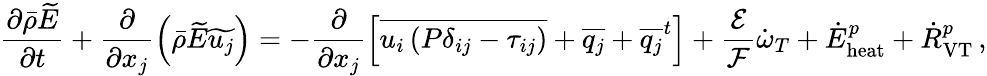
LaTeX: \frac{\partial\bar{\rho}\widetilde{E}}{\partial t}+\frac{\partial}{\partial x_{j}}\left(\bar{\rho}\widetilde{E}\widetilde{u_{j}}\right)=-\frac{\partial}{\partial x_{j}}\left[\overline{{u_{i}\left(P\delta_{ij}-\tau_{ij}\right)}}+\overline{{q_{j}}}+{\overline{{q_{j}}}^{t}}\right]+\frac{\mathcal{E}}{\mathcal{F}}\dot{\omega}_{T}+{\dot{E}}_{\mathrm{heat}}^{p}+{\dot{R}}_{\mathrm{VT}}^{p}\, \mathrm{,}